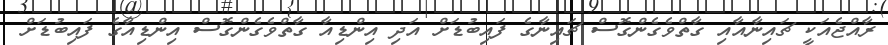
ރާއްޖެއަކީ ޗައިނާއާއި ގާތްވެގެންގޮސް ޗައިނާގެ ފައިބުޑަށް އަދި އިންޑިއާ ގާތްވެގެންގޮސް އިންޑިއާގެ ފައިބުޑަށް